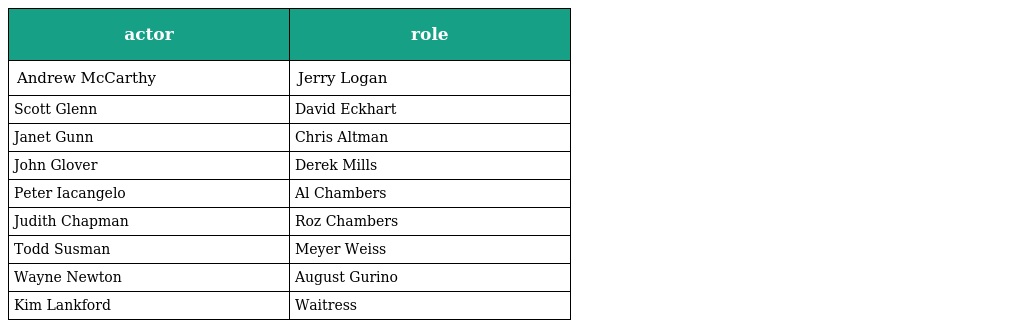
| actor | role |
 | --- | --- |
 | Andrew McCarthy | Jerry Logan |
 | Scott Glenn | David Eckhart |
 | Janet Gunn | Chris Altman |
 | John Glover | Derek Mills |
 | Peter Iacangelo | Al Chambers |
 | Judith Chapman | Roz Chambers |
 | Todd Susman | Meyer Weiss |
 | Wayne Newton | August Gurino |
 | Kim Lankford | Waitress |